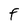
Character: f